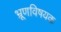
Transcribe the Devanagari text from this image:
भ्रूणविषयक